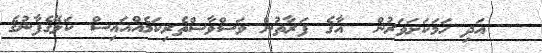
އަދި ހަމަކަށަވަރުން  އާގެ ފަރާތުން ވަސްވާސްތެރިކަމެއްއައިސް ކަލޭގެފާނުގެ